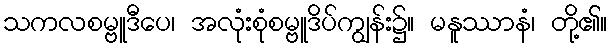
သကလစမ္ဗူဒီပေ၊ အလုံးစုံစမ္ဗူဒိပ်ကျွန်း၌။ မနူဿာနံ၊ တို့၏။